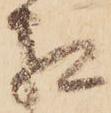
相